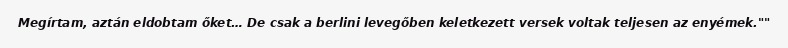
Megírtam, aztán eldobtam őket… De csak a berlini levegőben keletkezett versek voltak teljesen az enyémek.""